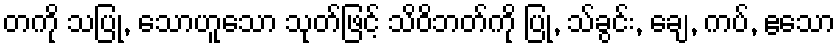
တကို သပြု, သောဟူသော သုတ်ဖြင့် သိဝိဘတ်ကို ပြု, သ်ခွင်း, ချေ, ကပ်, ဧသော